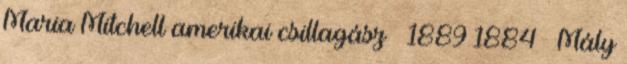
Maria Mitchell amerikai csillagász † 1889 1884 – Mály